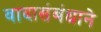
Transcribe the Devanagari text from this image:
वादासंबंधाने